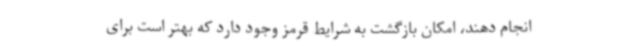
انجام دهند، امکان بازگشت به شرایط قرمز وجود دارد که بهتر است برای